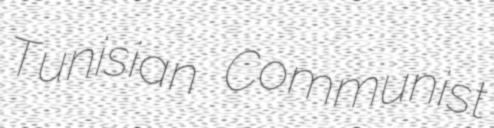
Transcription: Tunisian Communist